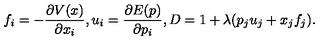
f _ { i } = - \frac { \partial V ( x ) } { \partial x _ { i } } , u _ { i } = \frac { \partial E ( p ) } { \partial p _ { i } } , D = 1 + \lambda ( p _ { j } u _ { j } + x _ { j } f _ { j } ) .